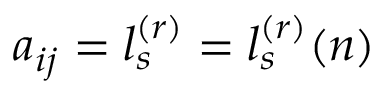
a _ { i j } = l _ { s } ^ { ( r ) } = l _ { s } ^ { ( r ) } ( n )